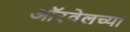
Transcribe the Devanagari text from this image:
ऑरवेलच्या